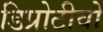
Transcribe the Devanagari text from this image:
डिप्रोटीवो